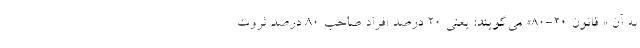
به آن « قانون ۲۰-۸۰» می‌گویند: یعنی ۲۰ درصد افراد صاحب ۸۰ درصد ثروت